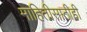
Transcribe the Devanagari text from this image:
माहितीसाठीही